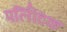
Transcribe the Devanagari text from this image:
पर्लिटिक